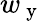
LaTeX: w_{\mathrm{~y~}}